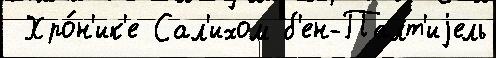
 Хро́н'ик'е Сал'ихом б'ен-Палт'иjель